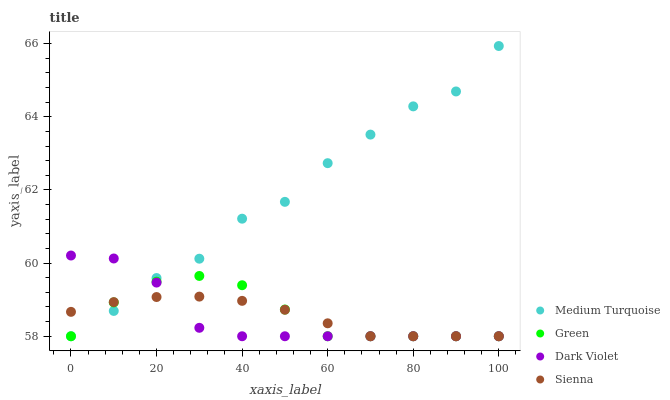
| xaxis_label | Medium Turquoise | Green | Dark Violet | Sienna |
 | --- | --- | --- | --- | --- |
 | 0 | 58 | 58 | 60.2 | 58.7 |
 | 10 | 58.7 | 58.9 | 60.1 | 58.9 |
 | 20 | 59.6 | 59.5 | 59.5 | 59.1 |
 | 30 | 60.1 | 59.6 | 58.2 | 59.1 |
 | 40 | 61.2 | 59.4 | 58 | 59 |
 | 50 | 61.7 | 58.7 | 58 | 58.7 |
 | 60 | 62.7 | 58 | 58 | 58.4 |
 | 70 | 63.5 | 58 | 58 | 58 |
 | 80 | 64.3 | 58 | 58 | 58 |
 | 90 | 64.7 | 58 | 58 | 58 |
 | 100 | 65.9 | 58 | 58 | 58 |